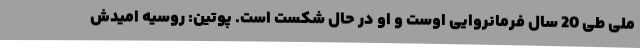
ملی طی 20 سال فرمانروایی اوست و او در حال شکست است. پوتین: روسیه امیدش